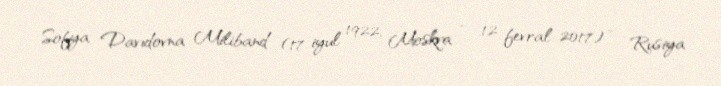
Sofya Davıdovna Miliband (17 iyul 1922, Moskva – 12 fevral 2017) — Rusiya